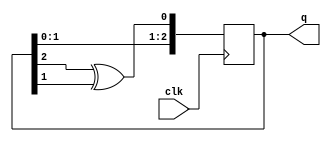
module fibonacci_lfsr(clk, q);
  parameter DATA_WIDTH = 3;
  parameter SEED = 3'b111;
  input clk;
  output reg [DATA_WIDTH-1:0] q = SEED;
  
  reg feedback;

  always @ (posedge clk) begin
    feedback =  q[DATA_WIDTH-1] ^ q[DATA_WIDTH-2];
    q = q << 1;
    q[0] = feedback;
  end
endmodule